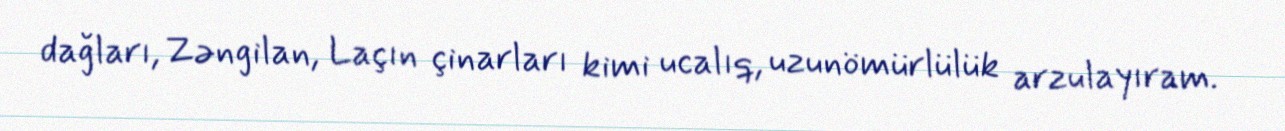
dağları, Zəngilan, Laçın çinarları kimi ucalıq, uzunömürlülük arzulayıram.